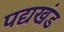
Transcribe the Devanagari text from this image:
पद्यखंड